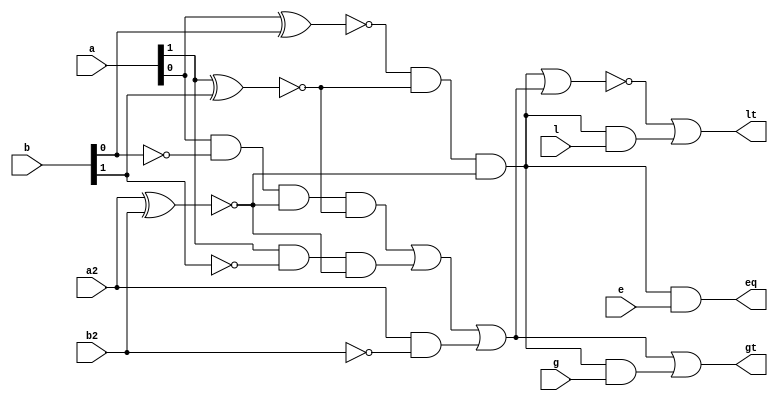
`timescale 1ns / 1ps
//////////////////////////////////////////////////////////////////////////////////
// Company: 
// Engineer: 
// 
// Design Name: 
// Module Name:    comparator3bit 
// Project Name: 
// Target Devices: 
// Tool versions: 
// Description: 
//
// Dependencies: 
//
// Revision: 
// Revision 0.01 - File Created
// Additional Comments: 
//
//////////////////////////////////////////////////////////////////////////////////
module comparator3bit(
    input [1:0] a,
	 input a2,
    input [1:0] b,
	 input b2,
    input l,
    input e,
    input g,
    output lt,
    output eq,
    output gt
    );
	wire c[2:0], d[2:0], f[2:0] , h, eq0, gt0, lt0, w1, w2;
	
	xnor x1(c[2],a2,b2);
	xnor x2(c[1],a[1],b[1]);
	xnor x3(c[0],a[0],b[0]);
	
	and a1(eq0, c[0],c[1],c[2]);
	
	not n1(d[0],b[0]);
	not n2(d[1],b[1]);
	not n3(d[2],b2);
	
	and a9(f[2],a2,d[2]);
	and a3(f[1],a[1],d[1],c[2]);
	and a4(f[0],a[0],d[0],c[2],c[1]);
	
	or o1(gt0,f[0],f[1],f[2]);
	
	or a5(h,eq0,gt0);
	xor xo(lt0,h,1);
	
	and a6(eq, eq0, e);
	
	and a7(w1, eq0, g);
	or o2(gt, gt0, w1);
	
	and a8(w2, eq0, l);
	or o3(lt, lt0, w2);
	
endmodule